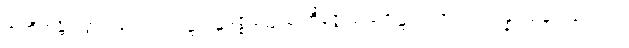
အတီတန္တိ ရတ္တာဝသေသံ ဣဋ္ဌဣဋ္ဌမဇ္ဈတ္တေသု ဘိဇ္ဇေယျ ဟေဋ္ဌာပါသာဒဿ ပန္နရသမူလကေ လ္တု